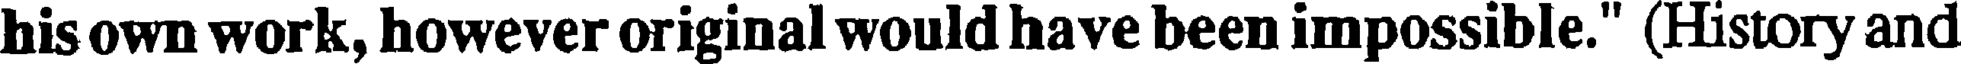
his own work, however original would have been impossible." (History and